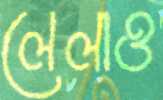
লেলাও